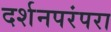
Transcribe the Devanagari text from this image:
दर्शनपरंपरा